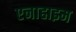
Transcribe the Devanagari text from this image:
एनाहाइम